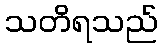
သတိရသည်